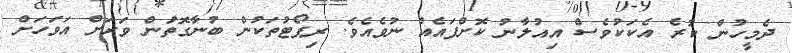
ދެމީހުން ކުރެ އެކަކުވެސް އިއުލާނު ކޮށްފައެއް ނުވެއެވެ. ރިޕޯޓުތަކުން ބުނާގޮތުަން ވަރަށް އަވަހަށް